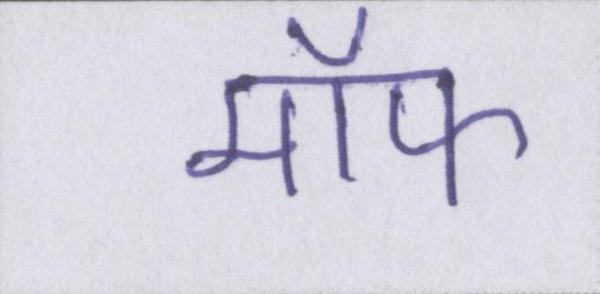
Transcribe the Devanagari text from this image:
मॉफ